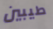
طيبين